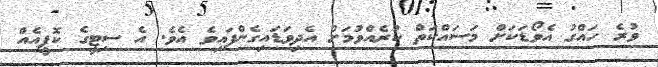
ވުރެ ހައްގު އެވޯޑަކަށް މަސައްކަތް ކުރެއްވުމަށް އެދިވަޑައިގެންފައިވެ އެވެ. އެ ސިޓީގެ ކޮޕީއެއް